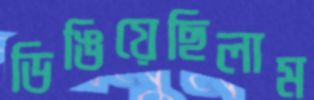
ডিঙিয়েছিলাম